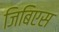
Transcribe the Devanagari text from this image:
जिबिएस